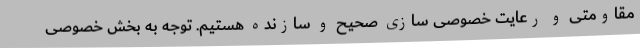
مقاومتی و رعایت خصوصی سازی صحیح و سازنده هستیم. توجه به بخش خصوصی